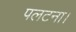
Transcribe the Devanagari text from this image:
पलटना।